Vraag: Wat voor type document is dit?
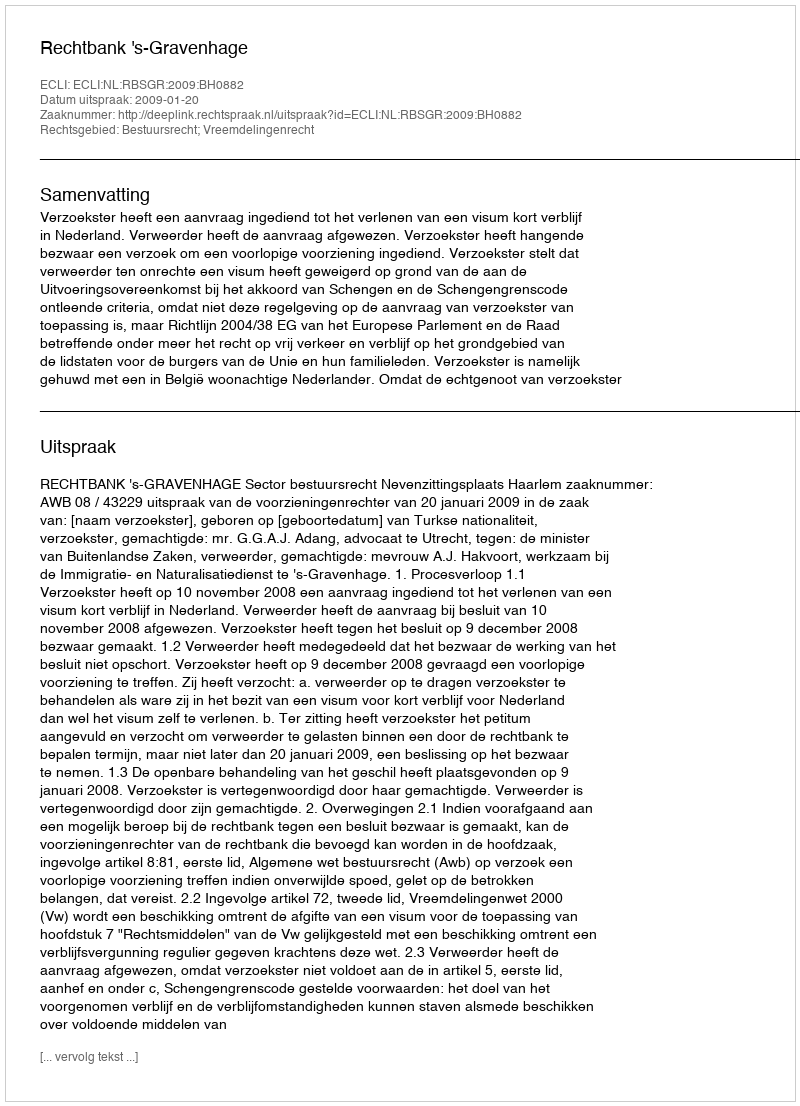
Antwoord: Uitspraak